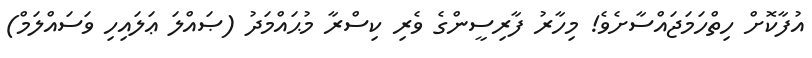
އުފާކޮށް ހިތްހަމަޖައްސާށެވެ! މިހާރު ފާރިސީންގެ ވެރި ކިސްރާ މުޙައްމަދުު (ޞައްލަ ޢަލައިހި ވަސައްލަމް)